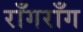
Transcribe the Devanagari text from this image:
राँगराँग